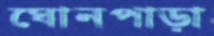
ঘোনপাড়া